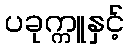
ပခုက္ကူနှင့်